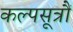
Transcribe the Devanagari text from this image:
कल्पसूत्रौं